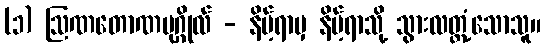
(၁) ဩဏတောဏပုဂ္ဂိုလ် - နိမ့်ရာမှ နိမ့်ရာသို့ သွားလတ္တံ့သောသူ။